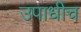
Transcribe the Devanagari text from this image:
उपाधीच